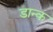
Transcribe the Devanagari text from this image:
डान्क